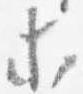
等